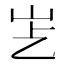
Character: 𡵋